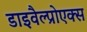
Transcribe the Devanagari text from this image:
डाइवैल्प्रोएक्स